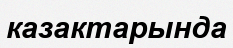
казактарында